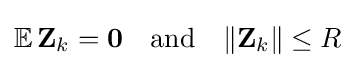
\mathbb {E} \,\mathbf {Z} _{k}=\mathbf {0} \quad {\text{and}}\quad \Vert \mathbf {Z} _{k}\Vert \leq R